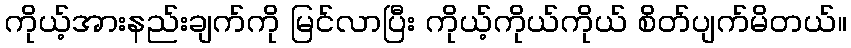
ကိုယ့်အားနည်းချက်ကို မြင်လာပြီး ကိုယ့်ကိုယ်ကိုယ် စိတ်ပျက်မိတယ်။